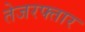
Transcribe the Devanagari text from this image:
तेजरफ्तार